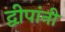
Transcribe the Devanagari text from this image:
द्वीपांनी